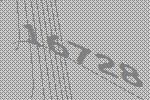
16728